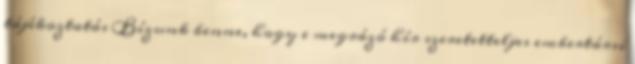
tájékoztatás Bízunk benne, hogy e megrázó hír szeretetteljes embertársi